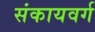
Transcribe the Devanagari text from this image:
संकायवर्ग